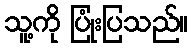
သူ့ကို ပြုံးပြသည်။